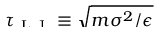
\smash { \tau _ { \mathrm { ~ L ~ J ~ } } \equiv \sqrt { m \sigma ^ { 2 } / \epsilon } }